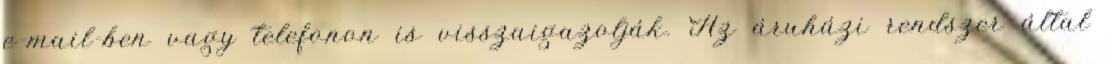
e-mail-ben vagy telefonon is visszaigazolják. Az áruházi rendszer által